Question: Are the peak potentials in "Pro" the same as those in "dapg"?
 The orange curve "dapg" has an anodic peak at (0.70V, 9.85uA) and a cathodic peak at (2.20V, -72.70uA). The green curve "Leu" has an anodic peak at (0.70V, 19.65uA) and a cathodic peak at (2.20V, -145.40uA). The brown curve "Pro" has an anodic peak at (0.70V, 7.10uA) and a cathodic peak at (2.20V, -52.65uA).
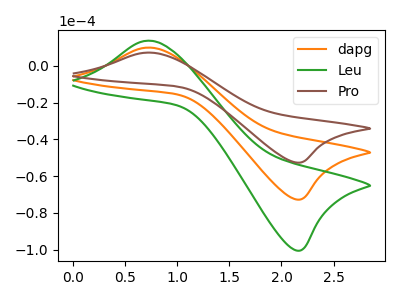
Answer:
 <answer>Yes, "Pro" have a peak in "dapg" at the same potential.</answer>
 <eval>match</eval>